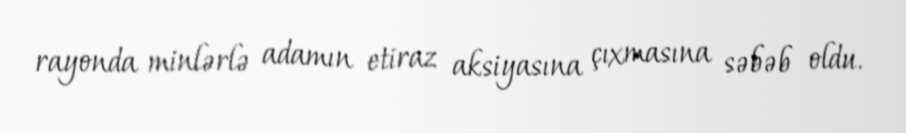
rayonda minlərlə adamın etiraz aksiyasına çıxmasına səbəb oldu.